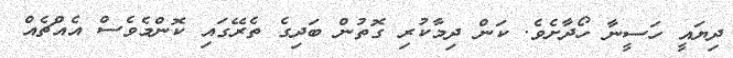
ދިޔައީ ހަސީނާ ހޯދާށެވެ. ކަން ދިމާކުރި ގޮތުން ބަދިގެ ތެރޭގައި ކޮންމެވެސް އެއްޗެއް